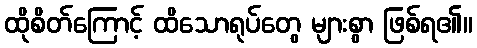
ထိုစိတ်ကြောင့် ထိသောရုပ်တွေ များစွာ ဖြစ်ရ၏။